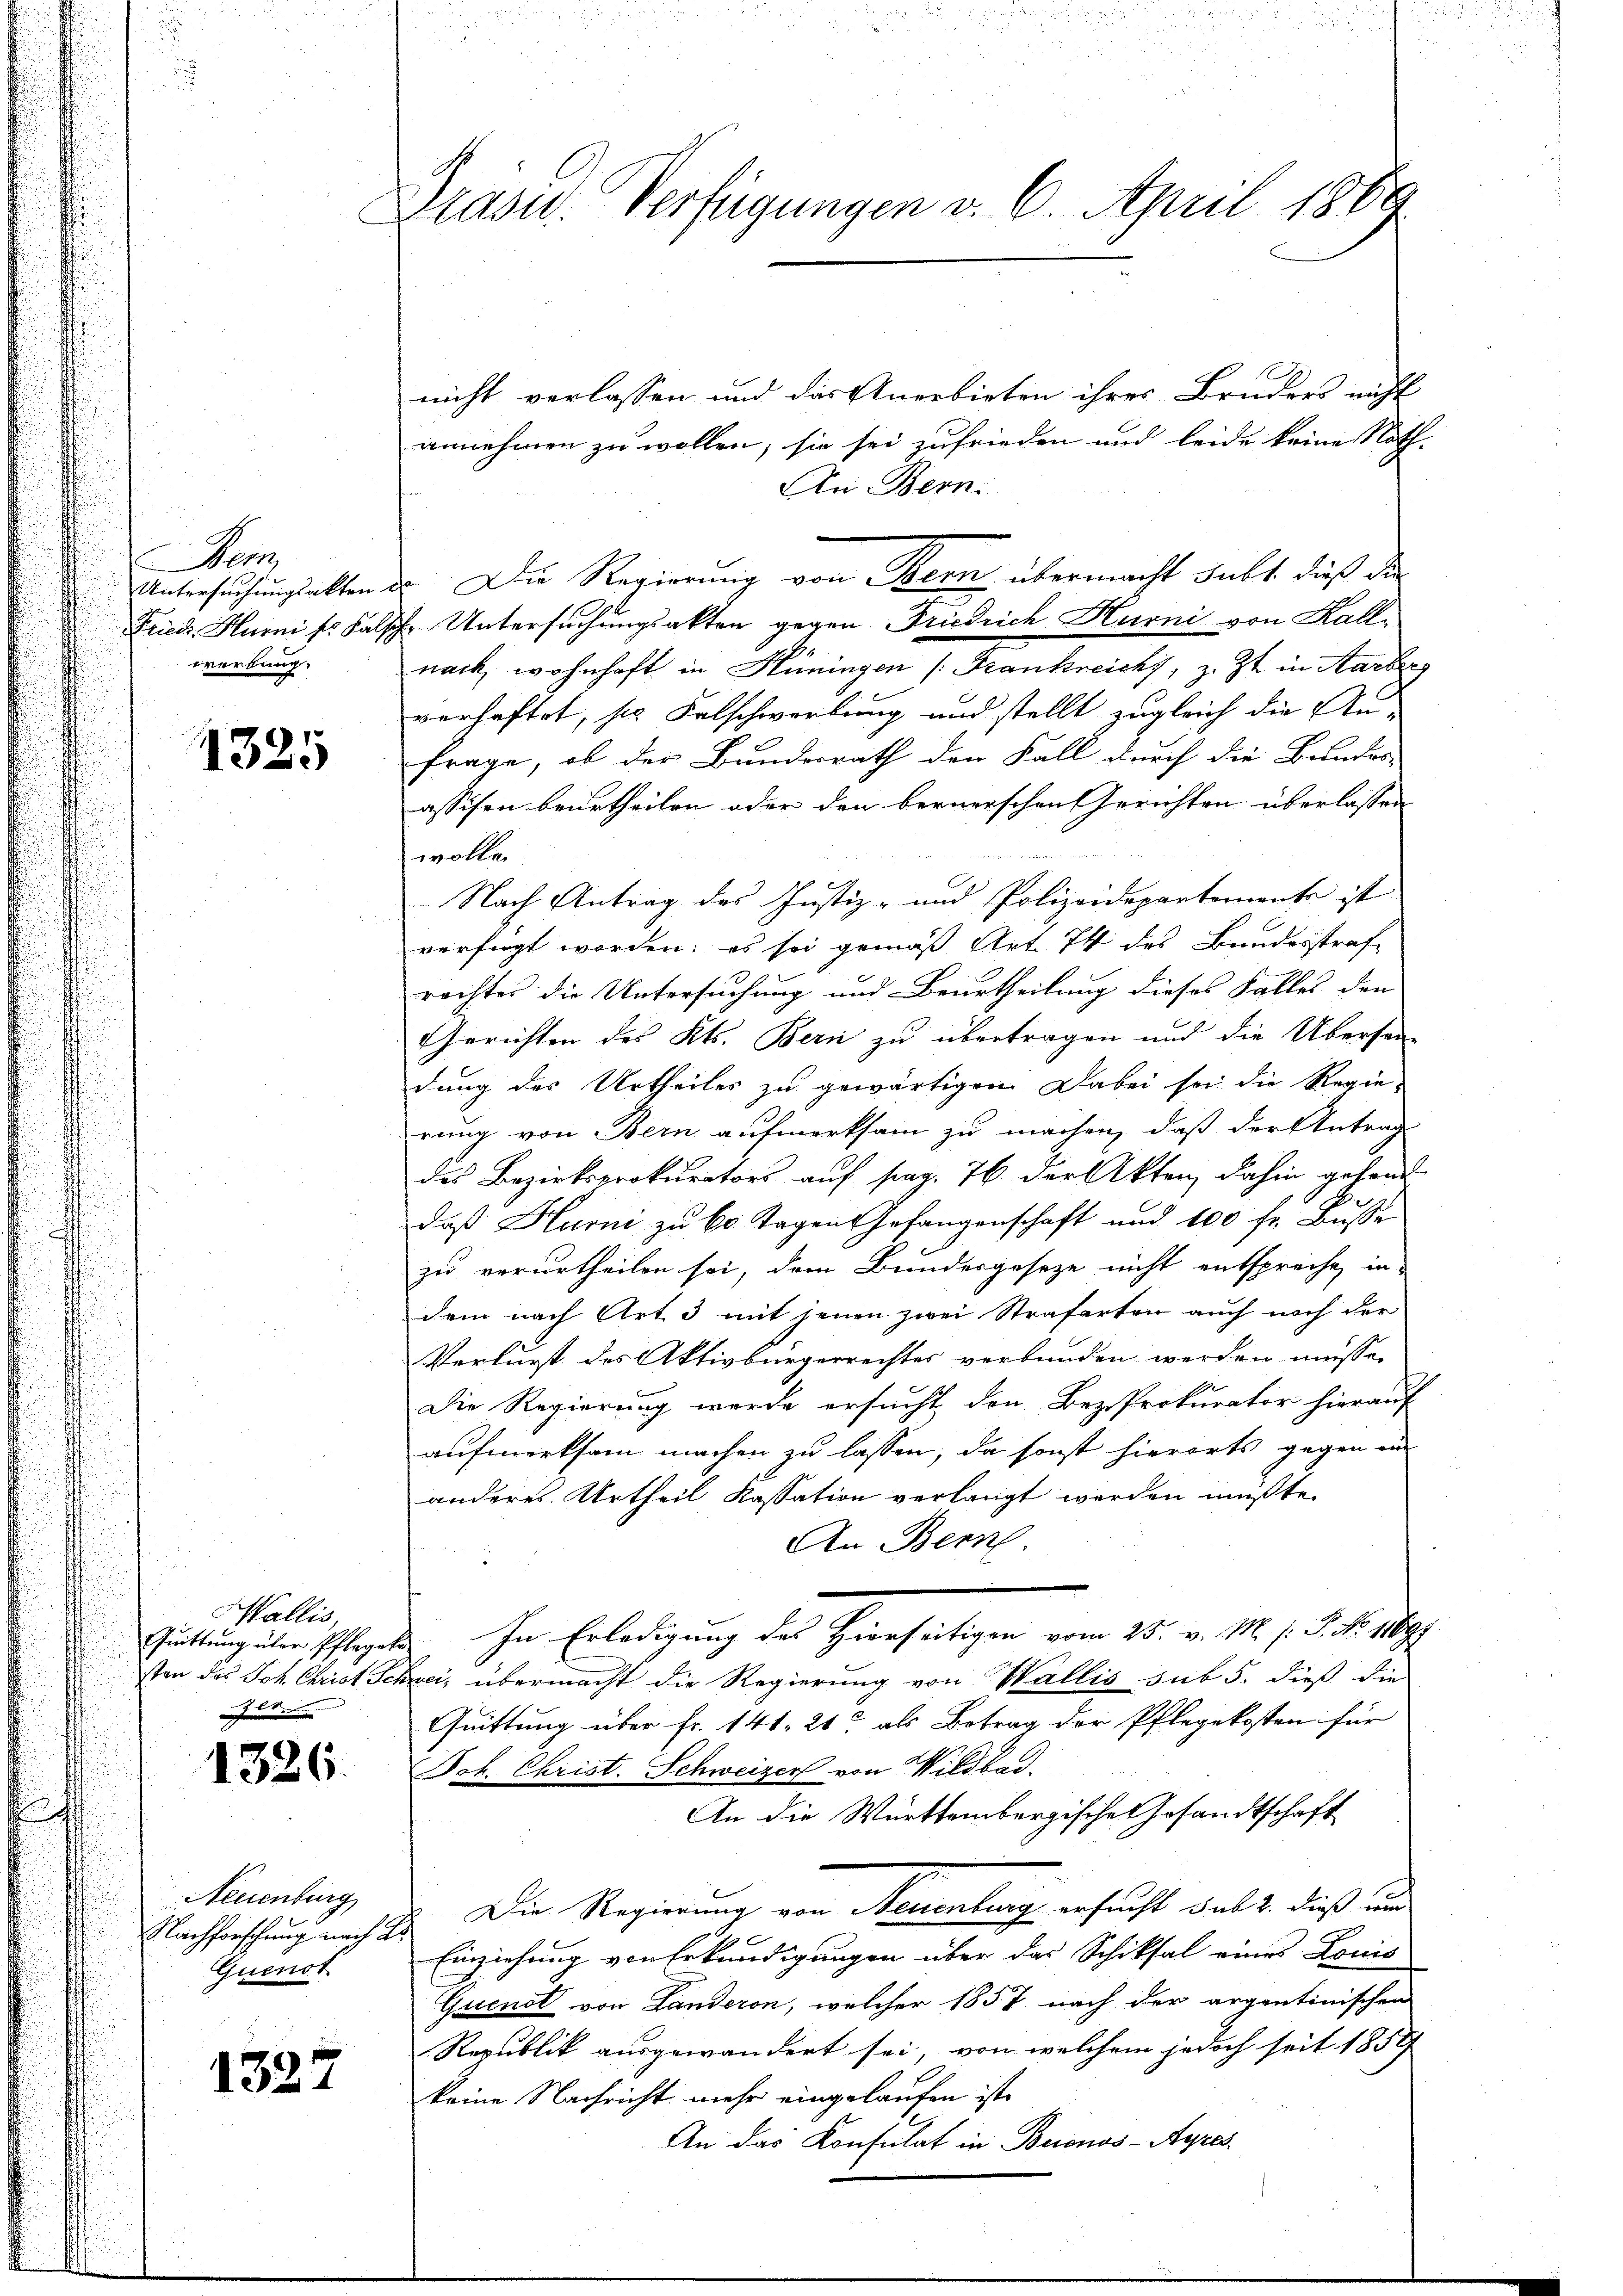
Bein
werbung.

1325

Wallis,
Ger.

1326.

Neuenburg
Nachforschung nach Ar
Quenst

1327

Krasu. Verfügungen v. 6. April 1889

nicht verlassen und das Anerbieten ihres Bruders nicht
annehmen zu wollen, sie sei zufrieden und leide keine Noth-
An Bern.
Untersuchungsakten des Die Regierung von Bern übermacht subt, daß die
Friedr. Hurni l. Falsche Untersuchungsakten gegen Friedrich Hurni von Kallnach, wohnhaft in Hüningen (Frankreicht, z. Zt. in Aarbe
verhaftet, sie Falschwerbung und stellt zugleich die Au-
frage, ob der Bundesrath den Fall durch die Bundes-
assisen beurtheilen oder den bernerschen Gerichten überlassen
wolle.
Nach Antrag des Justiz- und Polizeidepartemente ist
verfügt worden; es sei gemäß Art. 74 des Bundesstraf
rechtes die Untersuchung und Beurtheilung dieses Falles den
Gerichten des Kts. Bern zu übertragen und die Übersan-
dung des Urtheiles zu gewärtigen. Dabei sei die Regie-
rung von Bern aufmerksam zu machen, daß der Antrag
des Bezirksprokurators auf pag. 76 der Akten, dahin gehend
daß Hurni zu 60 Tagen Gefangenschaft und 100 fr. Busse
zu verurtheilen sei, dem Bundesgeseze nicht entspreche, in
dem nach Art. 3 mit jenen zwei Straferten auch noch der
Verlurst des Aktivbürgerrechtes verbunden werden müsse.
Die Regierung werde ersucht den Bez-Prokurator hierauf
aufmerksam machen zu lassen, da sonst hierorts gegen ein
anderes Urtheil Kassation verlangt werden müßte.
An Bern.
Güttung über Schlages. In Erledigung des Hierseitigen vom 25. v. M. h. T. No. 189
sten des Joh. Christ Schwei, übermacht die Regierung von Wallis sub 5. dieß die
Quittung über Fr. 141, 21 als Betrag der Pflegekosten für
Joh. Christ. Schweizer von Wildbar.
An die Württembergische Gesandtschaft
Die Regierung von Neuenburg ersucht des 1. dieß und
Einziehung von Erkundigungen über das Schiksal eines Louis
Gusend von Landeron, welcher 1857 nach der argentinischen
Republik ausgewandert sei, von welchem jedoch seit 1858
keine Nachricht mehr eingelaufen ist.
An das Konsulat in Beienos-Ayres